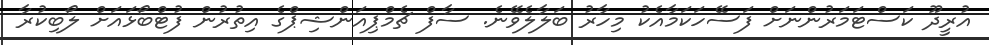
އުރީދޫ ކަސްޓަމަރުންނަށް ފަސޭހަކަމާއެކު މިހާރު ބަލާލެވޭނެ. ސާފް ޗެމްޕިއަންޝިޕްގެ އިތުރުން ފުޓްބޯޅައަށް ލޯބިކުރާ